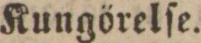
Kungörelſe.